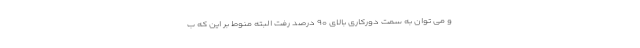
و می توان به سمت دورکاری بالای ۹۰ درصد رفت البته منوط بر این که ب